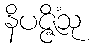
နိပဇ္ဇိံသု